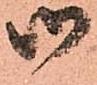
御